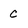
Character: C